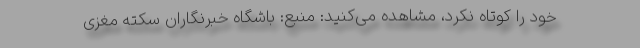
خود را کوتاه نکرد، مشاهده می‌کنید: منبع: باشگاه خبرنگاران سکته مغزی